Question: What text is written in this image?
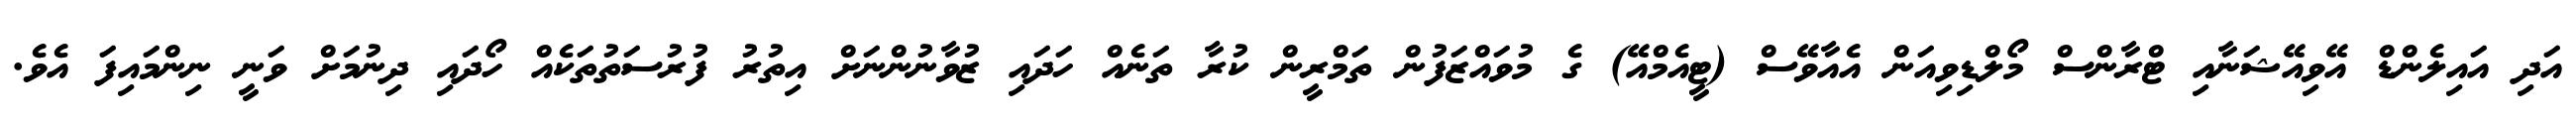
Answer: އަދި އައިލެންޑް އޭވިއޭޝަނާއި ޓްރާންސް މޯލްޑިވިއަން އެއާވޭސް (ޓީއެމްއޭ) ގެ މުވައްޒަފުން ތަމްރީން ކުރާ ތަނެއް ހަދައި ޒުވާނުންނަށް އިތުރު ފުރުސަތުތަކެއް ހޯދައި ދިނުމަށް ވަނީ ނިންމައިފަ އެވެ.